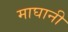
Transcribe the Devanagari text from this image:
माघानी